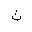
Letter: _tha